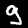
Digit: 9